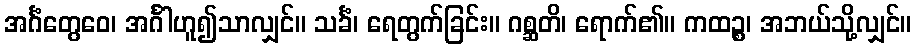
အင်္ဂံတွေဝေ၊ အင်္ဂါဟူ၍သာလျှင်။ သင်္ခံ၊ ရေတွက်ခြင်း။ ဂစ္ဆတိ၊ ရောက်၏။ ကထဉ္စ၊ အဘယ်သို့လျှင်။